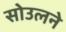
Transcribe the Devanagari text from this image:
सोउलने